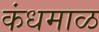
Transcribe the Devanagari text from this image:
कंधमाळ